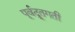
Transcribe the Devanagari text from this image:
पूर्वद्रूतगती